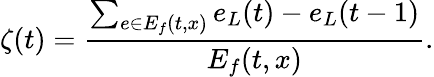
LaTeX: \zeta(t)=\frac{\sum_{e\in E_{f}(t,x)}e_{L}(t)-e_{L}(t-1)}{E_{f}(t,x)}.